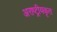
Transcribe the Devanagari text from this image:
अराष्ट्रीयकृत